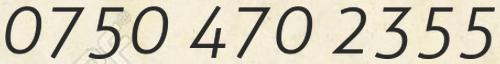
0750 470 2355